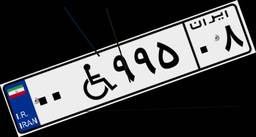
۰۰W۹۹۵۰۸